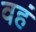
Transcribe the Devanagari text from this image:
वहं